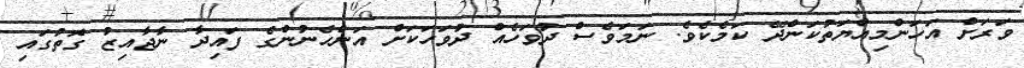
ވަރަށް އަހަންމިއްޔަތުކަންދޭ ކަމެކެވެ. ނަމަވެސް ދުވަހެއް ދުވަހަކަށް އަންހެނުންގެ ފައިދާ ނާޖާއިޒު ގޮތުގައި